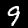
Digit: 9